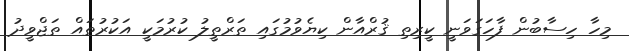
މިހާ ހިސާބުން ފާހަގަވަނީ ކީރިތި ޤުރްއާން ކިޔެވުމުގައި ތަރްތީލު ކުރުމަކީ އަކުރުތައް ތަޖްވީދު